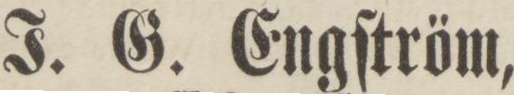
J. G. Engſtröm,